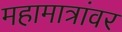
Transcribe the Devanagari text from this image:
महामात्रांवर